Treatise on elephants
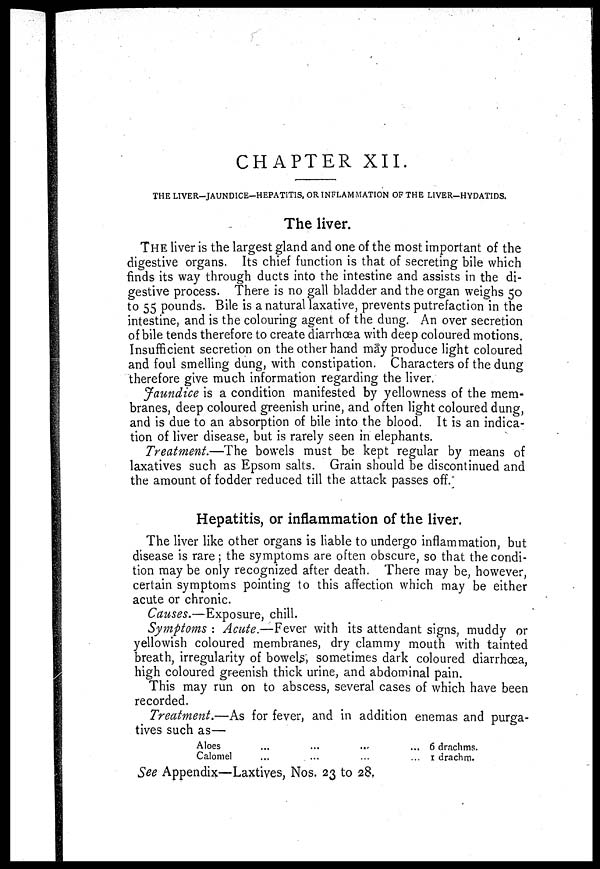
CHAPTER XII.
THE LIVER-JAUNDICE-HEPATITIS, OR INFLAMMATION OF THE LIVER-HYDATIDS.
The liver.
THE liver is the largest gland and one of the most important of the
digestive organs. Its chief function is that of secreting bile which
finds its way through ducts into the intestine and assists in the di-
gestive process. There is no gall bladder and the organ weighs 50
to 55 pounds. Bile is a natural laxative, prevents putrefaction in the
intestine, and is the colouring agent of the dung. An over secretion
of bile tends therefore to create diarrhoea with deep coloured motions.
Insufficient secretion on the other hand may produce light coloured
and foul smelling dung, with constipation. Characters of the dung
therefore give much information regarding the liver.
Jaundice is a condition manifested by yellowness of the mem-
branes, deep coloured greenish urine, and often light coloured dung,
and is due to an absorption of bile into the blood. It is an indica-
tion of liver disease, but is rarely seen in elephants.
Treatment.—The bowels must be kept regular by means of
laxatives such as Epsom salts. Grain should be discontinued and
the amount of fodder reduced till the attack passes off.
Hepatitis, or inflammation of the liver.
The liver like other organs is liable to undergo inflammation, but
disease is rare; the symptoms are often obscure, so that the condi-
tion may be only recognized after death. There may be, however,
certain symptoms pointing to this affection which may be either
acute or chronic.
Causes.—Exposure, chill.
Symptoms : Acute.—Fever with its attendant signs, muddy or
yellowish coloured membranes, dry clammy mouth with tainted
breath, irregularity of bowels', sometimes dark coloured diarrhoea,
high coloured greenish thick urine, and abdominal pain.
This may run on to abscess, several cases of which have been
recorded.
Treatment.—As for fever, and in addition enemas and purga-
tives such as—
Aloes ... ... ... ...
Calomel ... ... ... ...
6 drachms.
1 drachm.
See Appendix—Laxtives, Nos. 23 to 28,